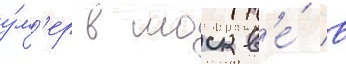
у́м'ер в москв'е́ в